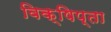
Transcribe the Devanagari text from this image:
विक्षिप्ता